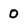
Character: 0